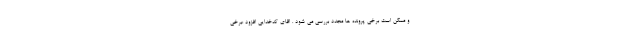
و ممکن است برخی پرونده ها مجدد بررسی می شود . اقای کدخدایی افزود :برخی